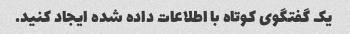
یک گفتگوی کوتاه با اطلاعات داده شده ایجاد کنید.